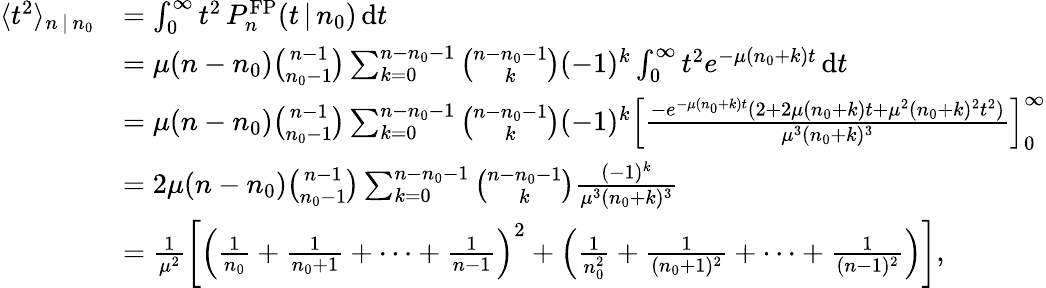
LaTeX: \begin{array}{rl}{\langle t^{2}\rangle_{n\, |\, n_{0}}}&{=\int_{0}^{\infty}t^{2}\, P_{n}^{\mathrm{FP}}(t\, |\, n_{0})\, \mathrm{d}t}\\ &{=\mu(n-n_{0}){\binom{n-1}{n_{0}-1}}\sum_{k=0}^{n-n_{0}-1}{\binom{n-n_{0}-1}{k}}(-1)^{k}\int_{0}^{\infty}t^{2}e^{-\mu(n_{0}+k)t}\, \mathrm{d}t}\\ &{=\mu(n-n_{0}){\binom{n-1}{n_{0}-1}}\sum_{k=0}^{n-n_{0}-1}{\binom{n-n_{0}-1}{k}}(-1)^{k}\left[\frac{-e^{-\mu(n_{0}+k)t}(2+2\mu(n_{0}+k)t+\mu^{2}(n_{0}+k)^{2}t^{2})}{\mu^{3}(n_{0}+k)^{3}}\right]_{0}^{\infty}}\\ &{=2\mu(n-n_{0}){\binom{n-1}{n_{0}-1}}\sum_{k=0}^{n-n_{0}-1}{\binom{n-n_{0}-1}{k}}\frac{(-1)^{k}}{\mu^{3}(n_{0}+k)^{3}}}\\ &{=\frac{1}{\mu^{2}}\left[\left(\frac{1}{n_{0}}+\frac{1}{n_{0}+1}+\cdots+\frac{1}{n-1}\right)^{2}+\left(\frac{1}{n_{0}^{2}}+\frac{1}{(n_{0}+1)^{2}}+\cdots+\frac{1}{(n-1)^{2}}\right)\right],}\end{array}